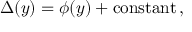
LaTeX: \Delta ( y ) = \phi ( y ) + \mathrm { c o n s t a n t } \, ,